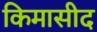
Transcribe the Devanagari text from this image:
किमासीद